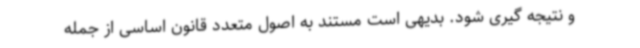
و نتیجه گیری شود. بدیهی است مستند به اصول متعدد قانون اساسی از جمله